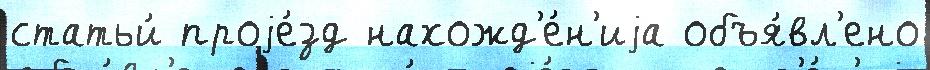
статьи́ проjе́зд нахожд'е́н'иjа объя́вл'ено